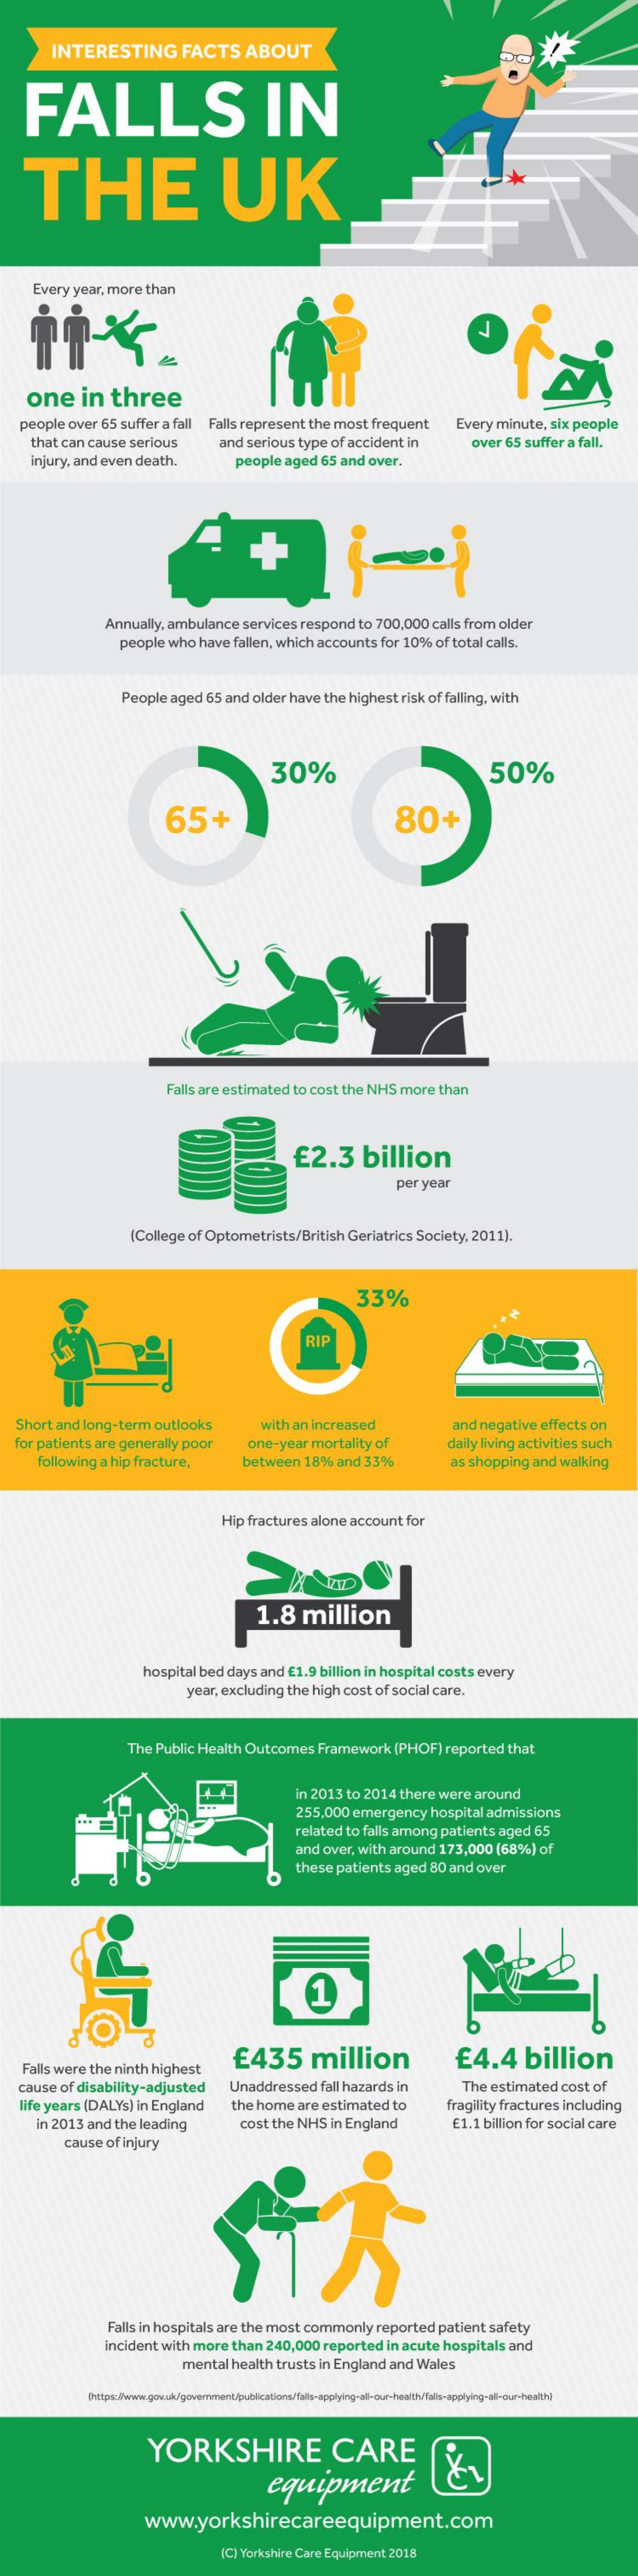
INTERESTING    FACTS    ABOUT
     FALLS    IN
     THE    UK
     Every   year,   more    than
     İİx.
     one    in    three
    people    over   65   suffer   a fall
     that   can  cause    serious
     Falls  represent    the  most    frequent    Every   minute,    six people
     and   serious    type    of accident    in    over   65   suffer   a  fall.
     injury,  and   even    death.    people    aged    65  and    over.
     Annually,    ambulance    services    respond    to  700,000    calls  from    older
     people    who    have    fallen,  which    accounts    for  10%    of  total  calls.
     People    aged    65  and   older   have    the   highest    risk  of  falling,  with
     30%    50%
     65+    80+
     Falls  are  estimated    to  cost   the  NHS    more    than
     £2.3    billion
     per   year
     (College    of Optometrists/British    Geriatrics    Society,    2011).
     33%
     RIP
   Short    and   long-term    outlooks    with   an  increased    and   negative    effects    on
   for  patients    are  generally    poor    one-year    mortality    of    daily  living  activities    such
     following    a hip  fracture,    between    18%    and   33%    as shopping    and    walking
     Hip   fractures    alone    account    for
     1.8    million
     hospital    bed   days    and   £1.9   billion   in hospital    costs   every
     year,  excluding    the  high    cost   of social   care.
     The    Public   Health    Outcomes    Framework    (PHOF)    reported    that
     in 2013    to  2014    there    were    around
     255,000    emergency    hospital    admissions
     related    to  falls among    patients    aged    65
     and   over,   with   around    173,000    (68%)    of
     these    patients    aged    80  and    over
     1
     Falls  were    the  ninth    highest
     £435    million    £4.4    billion
     cause   of  disability-adjusted    Unaddressed    fall hazards    in    The   estimated    cost   of
     life years   (DALY's]    in England    the  home    are   estimated    to    fragility   fractures    including
     in 2013    and   the   leading    cost   the   NHS    in England    £1.1   billion  for  social   care
     cause    of injury
     Falls in hospitals    are  the   most    commonly    reported    patient    safety
     incident    with   more    than    240,000    reported    in acute    hospitals    and
     mental    health    trusts    in England    and   Wales
     [https://www.gov.uk/government/publications/falls-applying-all-our-health/falls-applying-all-cur-health
     YORKSHIRE    CARE
     equipment
     www.yorkshirecareequipment.com
     [C] Yorkshire    Care  Equipment    2018